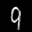
Label: 9